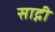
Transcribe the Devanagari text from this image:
साद्गी